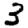
Digit: 3